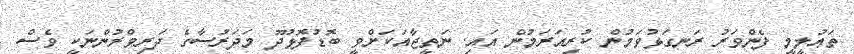
ތަޢުލީމީ ފެންވަރު ރަނގަޅުވަމުން ކުރިއަރަމުން އައި. ނަތީޖާއަކަށްވީ ބޮޑުފޮޅުދޫ މަދަރުސާގެ ދަރިވްރުންނަކީ ވެސް